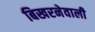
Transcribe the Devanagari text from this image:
बिखरनेवाली